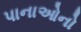
પાનાઓનો